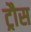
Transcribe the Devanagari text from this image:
ट्रौस